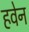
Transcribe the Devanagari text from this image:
हवेन